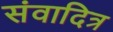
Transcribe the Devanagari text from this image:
संवादित्र